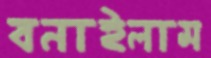
বনাইলাম